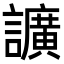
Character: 𧭰